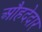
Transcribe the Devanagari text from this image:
औहदेदार